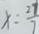
x = \frac { 2 7 } { 7 }